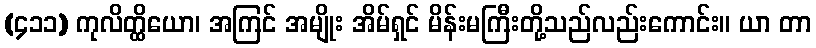
(၄၁၁) ကုလိတ္ထိယော၊ အကြင် အမျိုး အိမ်ရှင် မိန်းမကြီးတို့သည်လည်းကောင်း။ ယာ တာ